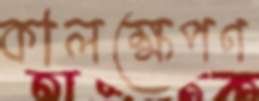
কালক্ষেপণ